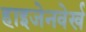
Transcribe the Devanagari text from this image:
हाइजेनवेर्ख